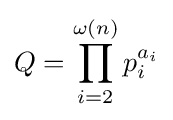
Q=\prod _{i=2}^{\omega (n)}p_{i}^{a_{i}}